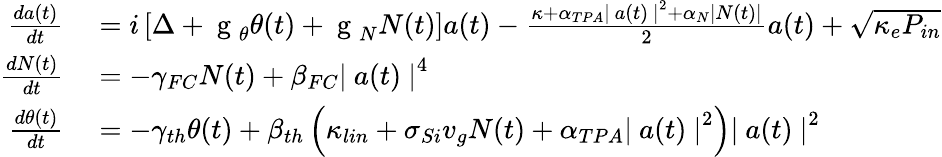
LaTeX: \begin{array}{rl}{\frac{da(t)}{dt}}&{{}=i\left[\Delta+\mathrm{~g~}_{\theta}\theta(t)+\mathrm{~g~}_{N}N(t)\right]a(t)-\frac{\kappa+\alpha_{TPA}\left|~a(t)~\right|^{2}+\alpha_{N}\left|N(t)\right|}{2}a(t)+\sqrt{\kappa_{e}P_{in}}}\\ {\frac{dN(t)}{dt}}&{{}=-\gamma_{FC}N(t)+\beta_{FC}\left|~a(t)~\right|^{4}}\\ {\frac{d\theta(t)}{dt}}&{{}=-\gamma_{th}\theta(t)+\beta_{th}\left(\kappa_{lin}+\sigma_{Si}v_{g}N(t)+\alpha_{TPA}\left|~a(t)~\right|^{2}\right)\left|~a(t)~\right|^{2}}\end{array}